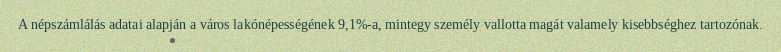
A népszámlálás adatai alapján a város lakónépességének 9,1%-a, mintegy személy vallotta magát valamely kisebbséghez tartozónak.